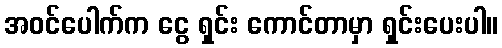
အဝင်ပေါက်က ငွေ ရှင်း ကောင်တာမှာ ရှင်းပေးပါ။